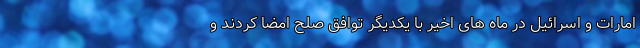
امارات و اسرائیل در ماه های اخیر با یکدیگر توافق صلح امضا کردند و